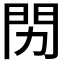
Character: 𬮅